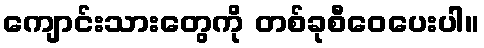
ကျောင်းသားတွေကို တစ်ခုစီဝေပေးပါ။